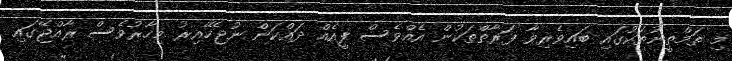
މި ތަމްތީނުތަކުގައި ބައިވެރިވާ ފަރާތްތަކުން އެއްވެސް ފީއެއް ދައްކަން ނުޖެހޭއިރު މިހާރުވެސް ރާއްޖޭގައި